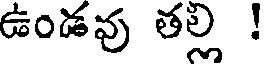
ఉండవు తల్లి !